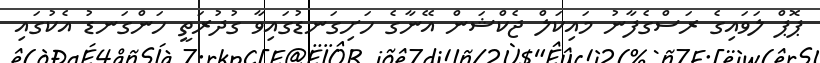
ޕޮޕް ލަވައިގެ ރަސްގެފާނު މައިކަލް ޖެކްޝަން އޭނާގެ ހަށިގަނޑުގައިވާ ގުދުރަތީ ހަންގަނޑު އެކުގައި